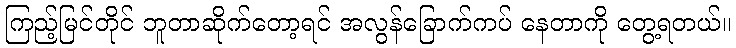
ကြည့်မြင်တိုင် ဘူတာဆိုက်တော့ရင် အလွန်ခြောက်ကပ် နေတာကို တွေ့ရတယ်။